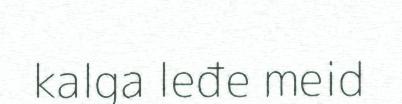
kalga leđe meid